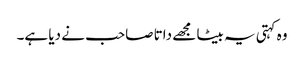
وہ کہتی یہ بیٹا مجھے داتا صاحب نے دیا ہے۔